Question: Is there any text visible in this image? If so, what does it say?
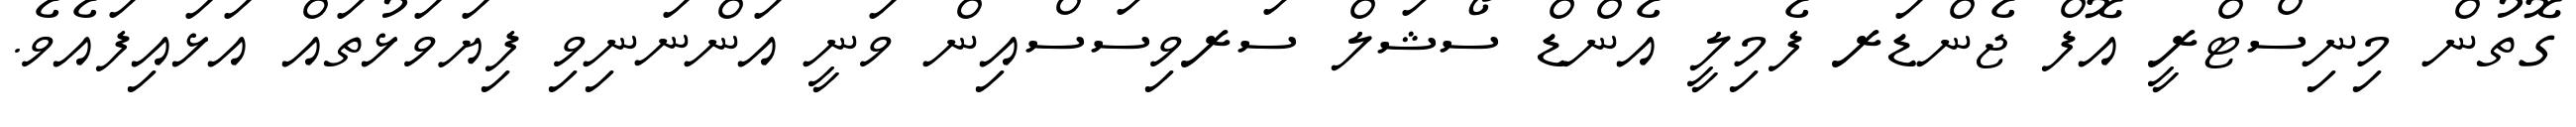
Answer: ގޮތުން މިނިސްޓްރީ އޮފް ޖެންޑަރ ފެމިލީ އެންޑް ސޯޝަލް ސަރވިސަސްއިން ވަނީ އަންނަނިވި ފިޔަވަޅުތައް އަޅައިފައެވެ.